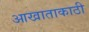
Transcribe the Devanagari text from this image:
आखाताकाठी